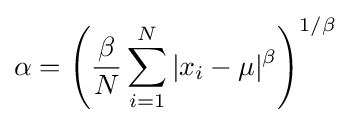
\alpha =\left({\frac {\beta }{N}}\sum _{i=1}^{N}|x_{i}-\mu |^{\beta }\right)^{1/\beta }